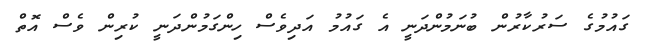
ގައުމުގެ ސަރުކާރުން ބުނަމުންދަނީ އެ ގައުމު އަދިވެސް ހިންގަމުންދަނީ ކުރިން ވެސް އޮތް